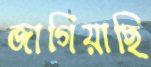
জাগিয়াছি